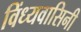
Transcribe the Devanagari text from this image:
विंध्‍यवासिनी